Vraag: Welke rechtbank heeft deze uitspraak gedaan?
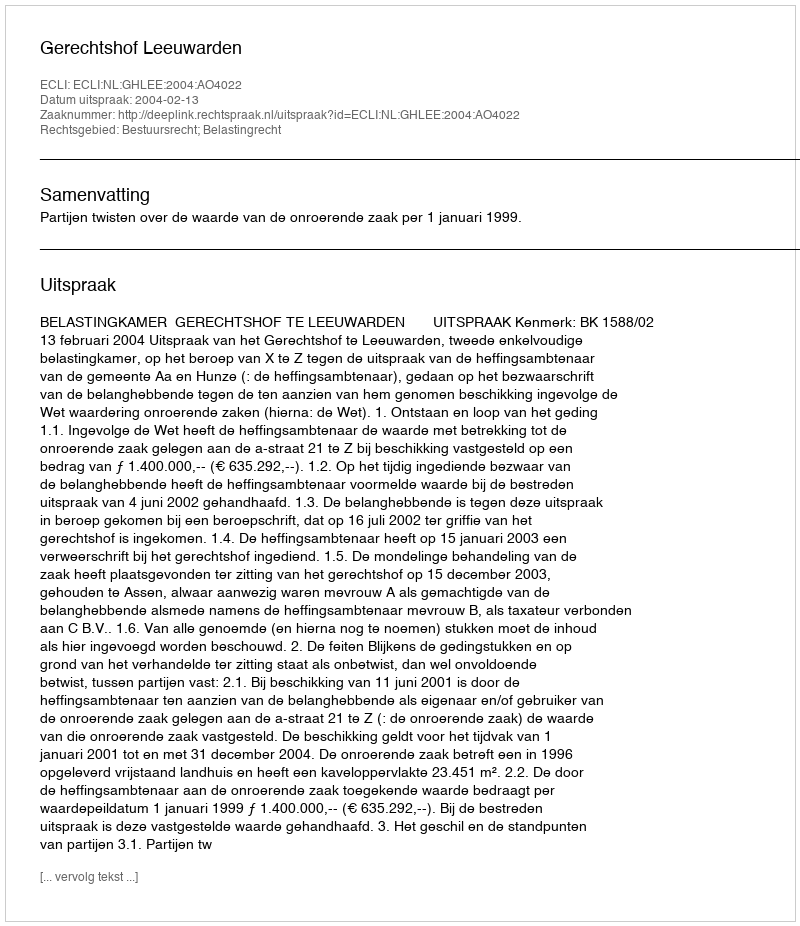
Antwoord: Gerechtshof Leeuwarden